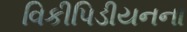
વિકીપિડીયનના